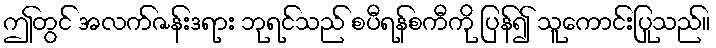
ဤတွင် အလက်ဇန်းဒရား ဘုရင်သည် စပီရန်စကီကို ပြန်၍ သူကောင်းပြုသည်။